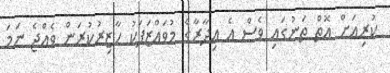
ކުރިއަށް އޮތް ތަނުގައި ވެސް އެ އިދާރާގެ މުވައްޒަފަކު ހާޒިރުކުރަން ވެއްޖެ ނަމަ